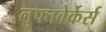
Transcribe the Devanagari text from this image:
लुफ्तवेर्केर्स